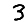
Digit: 3